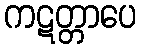
ကဋတ္တာပေ